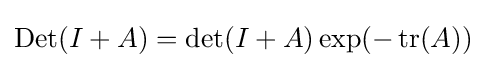
\operatorname {Det} (I+A)=\operatorname {det} (I+A)\exp(-\operatorname {tr} (A))